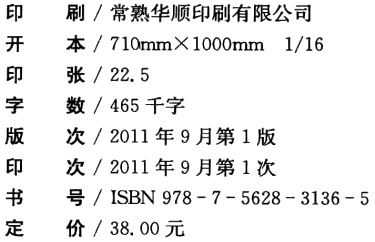
印 刷 / 常熟华顺印刷有限公司

开 本 / 710mm×1000mm 1/16

印 张 / 22.5

字 数 / 465 千字

版 次 / 2011 年 9 月第 1 版

印 次 / 2011 年 9 月第 1 次

书 号 / ISBN 978 - 7 - 5628 - 3136 - 5

定 价 / 38.00 元